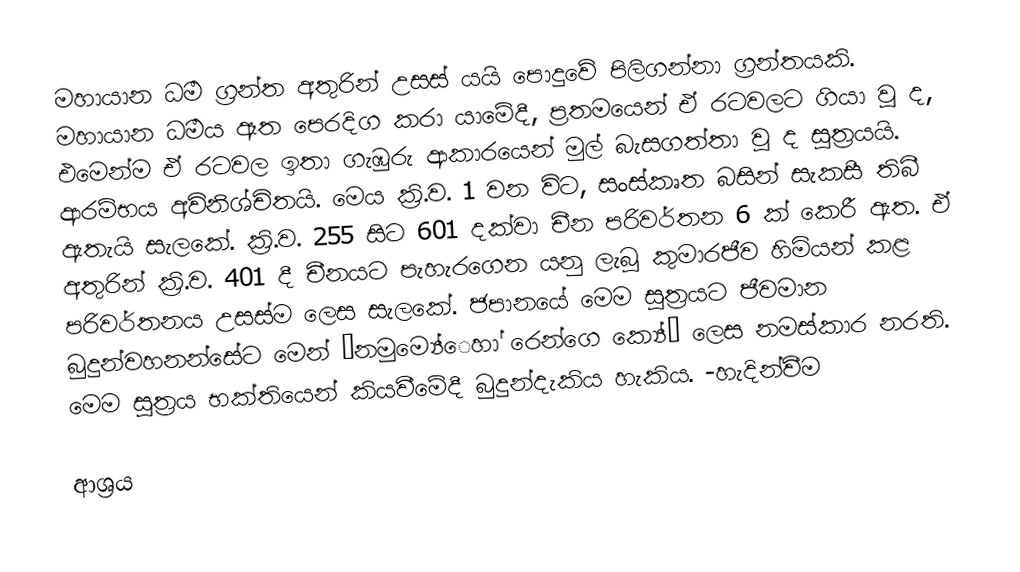
මහායාන ධර්‍ම ග්‍රන්ත අතුරින් උසස් යයි පොදුවේ පිලිගන්නා ග්‍රන්තයකි. මහායාන ධර්‍මය ඈත පෙරදිග කරා යාමේදී, ප්‍රතමයෙන් ඒ රටවලට ගියා වූ ද, එ‍මෙන්ම ඒ රටවල ඉතා ගැඹුරු ආකාරයෙන් මුල් බැසගත්තා වූ ද සූත්‍රයයි. ආරම්භය අවිනිශ්චිතයි. මෙය ක්‍රි.ව. 1 වන විට, සංස්කෘත බසින් සැකසී තිබී ඇතැයි සැලකේ. ක්‍රි.ව. 255 සිට 601 දක්වා චීන පරිවර්තන 6 ක් කෙරී ඇත. ඒ අතුරින් ක්‍රි.ව. 401 දී චීනයට පැහැරගෙන යනු ලැබූ කුමාරජීව හිමියන් කළ පරිවර්තනය උසස්ම ලෙස සැලකේ. ජපානයේ මෙම සූත්‍රයට ජීවමාන බුදුන්වහනන්සේට මෙන් “නමුම්‍යේෙහා් රෙන්ගෙ ක්‍යේ“ ලෙස නමස්කාර නරති. මෙම සූත්‍රය භක්තියෙන් කියවීමේදී බුදුන්දැකිය හැකිය. -හැදින්වීම

ආශ්‍රය